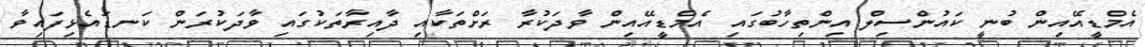
އެމްޑީއޭއިން ބުނީ ކައުންސިލް އިންތިހާބުގައި އެމްޑީއޭއިން ވާދަކުރާ ރަށްތަކާއި ދާއިރާތަކުގައި ވާދަކުރަން ކަނޑައެޅިފައިވާ